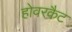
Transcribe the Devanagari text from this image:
होवरकैट